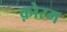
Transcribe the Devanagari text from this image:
क़ोरम